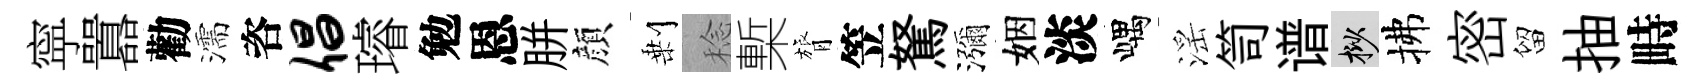
寜囂勸濡咨倡璿勉恩胼顔剰稔槧膂笠駑瀰姻淡嵎滛笥谱挲拂密留抽畤